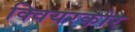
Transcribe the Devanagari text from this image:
क्वियरकोर